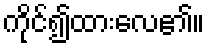
ကိုင်၍ထားလေ၏။